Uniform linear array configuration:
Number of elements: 4
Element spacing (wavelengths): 0.75
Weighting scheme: exponential
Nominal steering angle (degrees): -30
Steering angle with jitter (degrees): -30.415
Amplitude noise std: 0.05
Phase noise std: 0.05

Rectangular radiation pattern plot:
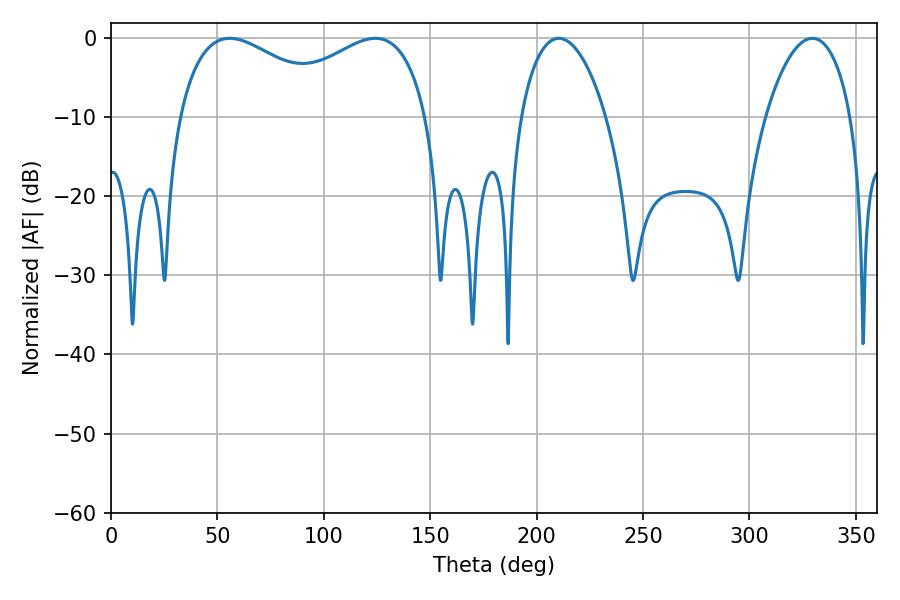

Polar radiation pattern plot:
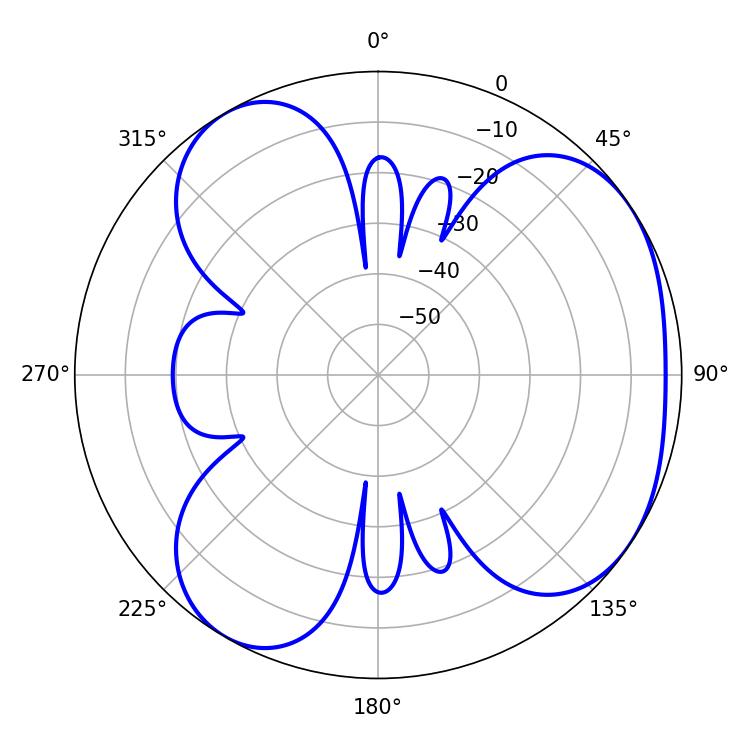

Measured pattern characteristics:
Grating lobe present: TRUE
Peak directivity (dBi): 4.42
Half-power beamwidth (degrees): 22.68
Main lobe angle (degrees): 210.42